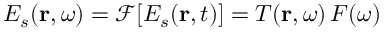
E _ { s } ( \mathbf { r } , \omega ) = \mathcal { F } [ E _ { s } ( \mathbf { r } , t ) ] = T ( \mathbf { r } , \omega ) \, F ( \omega )